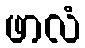
ဖာလံ